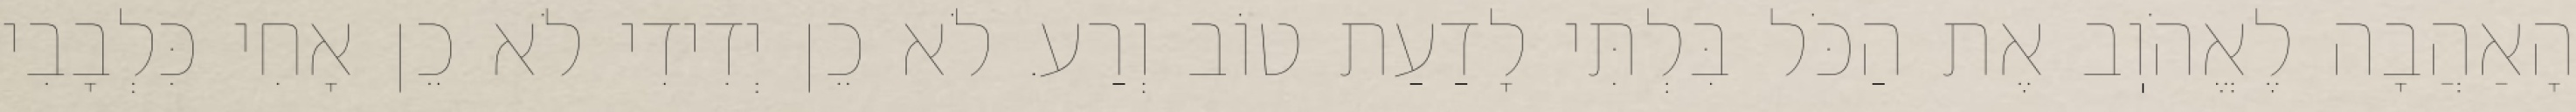
הָאַהֲבָה לֶאֱהֹוֽב אֶת הַכֹּל בִּלְתִּי לָדַעַת טוֹב וְרַע. לֹא כֵן יְדִידִי לֹא כֵן אָחִי כִּלְבָבִי